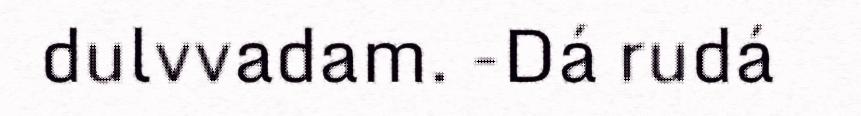
dulvvadam. -Dá rudá